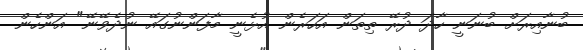
ބުނާއިރަށް ބުނަނީ ހާދަ ދުރޭ ތިތަން އަހަރެން އުޅެނީ މާފަންނުގައޭ ނުދެވޭނޭ" އަންހެން